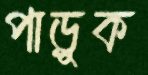
পাড়ুক